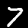
Label: 7